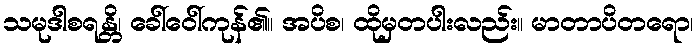
သမုဒါစရန္တိ၊ ခေါ်ဝေါ်ကုန်၏။ အပိစ၊ ထိုမှတပါးလည်း။ မာတာပိတရော၊